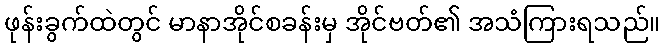
ဖုန်းခွက်ထဲတွင် မာနာအိုင်စခန်းမှ အိုင်ဗတ်၏ အသံကြားရသည်။